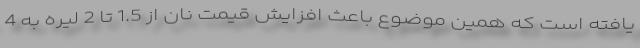
یافته است که همین موضوع باعث افزایش قیمت نان از 1.5 تا 2 لیره به 4